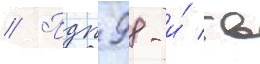
// Пдп 98-и́ гв